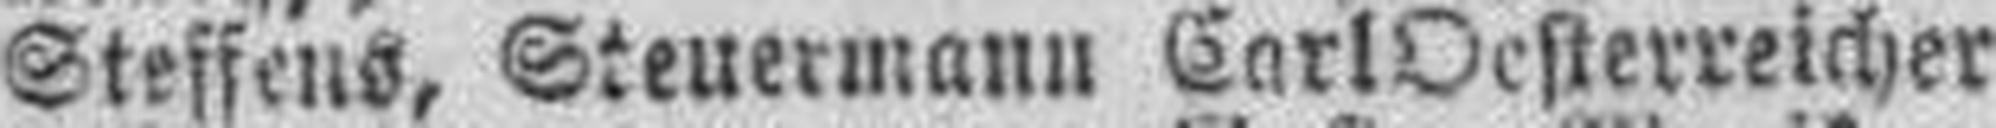
Steffens, Steuermann Carl Oesterreicher